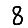
Digit: 8